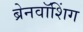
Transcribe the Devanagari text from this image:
ब्रेनवॉशिंग